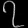
Digit: ၇